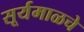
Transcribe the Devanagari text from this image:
सूर्यमाळचे